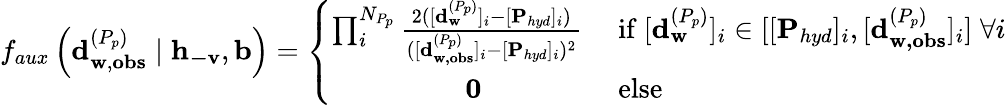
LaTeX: \begin{array}{r}{f_{aux}\left(\mathbf{d}_{\mathbf{w},\mathbf{obs}}^{(P_{p})}\mid\mathbf{h}_{\mathbf{-v}},\mathbf{b}\right)=\left\{ \begin{array}{ll}{\prod_{i}^{N_{P_{p}}}\frac{2([\mathbf{d}_{\mathbf{w}}^{(P_{p})}]_{i}-[\mathbf{P}_{hyd}]_{i})}{([\mathbf{d}_{\mathbf{w,obs}}^{(P_{p})}]_{i}-[\mathbf{P}_{hyd}]_{i})^{2}}\; }&{\mathrm{if~}[\mathbf{d}_{\mathbf{w}}^{(P_{p})}]_{i}\in[[\mathbf{P}_{hyd}]_{i},[\mathbf{d}_{\mathbf{w,obs}}^{(P_{p})}]_{i}]\; \forall i}\\ {\; \; \; \; \; \; \; \; \; \; \; \; \; \; \; \; \; \mathbf{0}\; }&{\mathrm{else}}\end{array}\right.}\end{array}